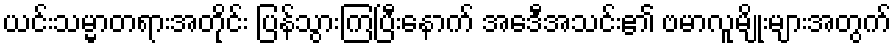
ယင်းသမ္မာတရားအတိုင်း ပြန်သွားကြပြီးနောက် အေဒီအသင်း၏ ဗမာလူမျိုးများအတွက်